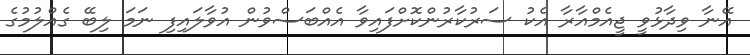
އޭނާ ވިދާޅުވީ ޖީއެމްއާރާ އެކު ސަރުކާރުންކޮށްފައިވާ އެއްބަސްވުން އުވާލައިފި ނަމަ ލިބޭ ގެއްލުމުގެ